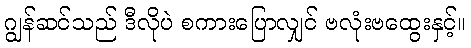
ဂျွန်ဆင်သည် ဒီလိုပဲ စကားပြောလျှင် ဗလုံးဗထွေးနှင့်။